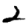
Digit: 2